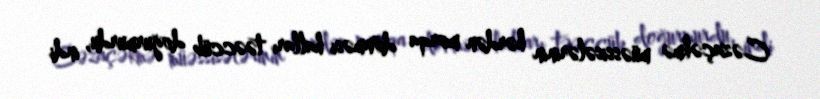
Cəzaçəkmə müəssisələrinin hərdən morqa dönməsi halları təəccüb doğurmurdu, indi